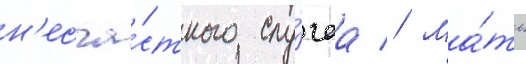
н'есча́стного слу́чаа // Ма́ть